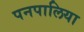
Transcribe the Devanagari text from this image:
पनपालिया